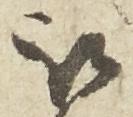
被